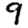
Digit: 9